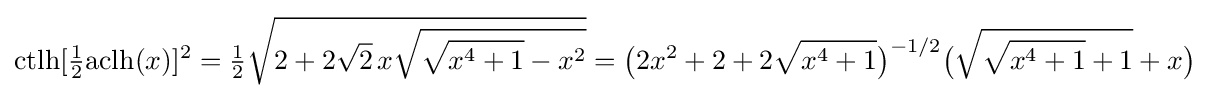
{\text{ctlh}}[{\tfrac {1}{2}}{\text{aclh}}(x)]^{2}={\tfrac {1}{2}}{\sqrt {2+2{\sqrt {2}}\,x{\sqrt {{\sqrt {x^{4}+1}}-x^{2}}}}}={\bigl (}2x^{2}+2+2{\sqrt {x^{4}+1}}{\bigr )}^{-1/2}{\bigl (}{\sqrt {{\sqrt {x^{4}+1}}+1}}+x{\bigr )}